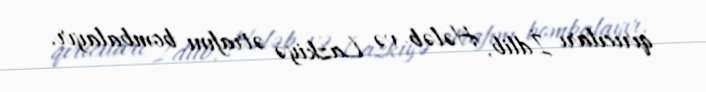
qırıcıları İdlib, Hələb və Lazkiyə ətrafını bombalayır.